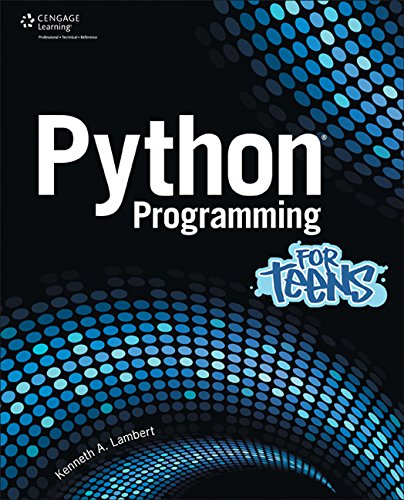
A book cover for Python Programming for Teens; Kenneth A. Lambert; Teen & Young Adult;